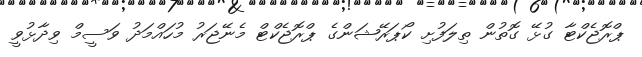
ޕްރޮޖެކްޓާ ގުޅޭ ގޮތުން ތިލަފުށި ކޯޕަރޭޝަންގެ ޕްރޮޖެކްޓް މެނޭޖަރު މުހައްމަދު ވަސީމް ވިދާޅުވީ